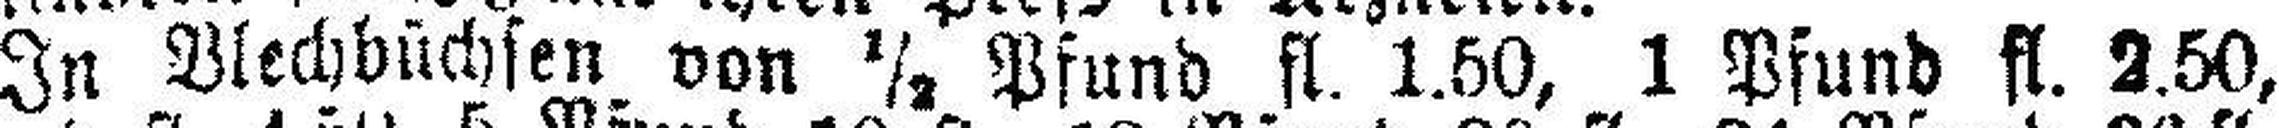
In Blechbüchsen von ½ Pfund fl. 1.50, 1 Pfund fl. 2.50,